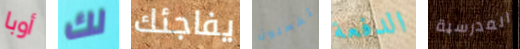
أوبا لك يفاجئك تفعلون الدفعة المدرسية